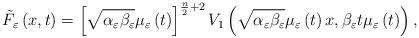
LaTeX: \begin{align*}\tilde{F}_{\varepsilon }\left( x,t\right) =\left[ \sqrt{\alpha _{\varepsilon}\beta _{\varepsilon }}\mu _{\varepsilon }\left( t\right) \right] ^{\frac{n}{2}+2}V_{1}\left( \sqrt{\alpha _{\varepsilon }\beta _{\varepsilon }}\mu_{\varepsilon }\left( t\right) x,\beta _{\varepsilon }t\mu _{\varepsilon}\left( t\right) \right) , \end{align*}